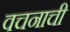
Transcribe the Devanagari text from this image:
वचनाची